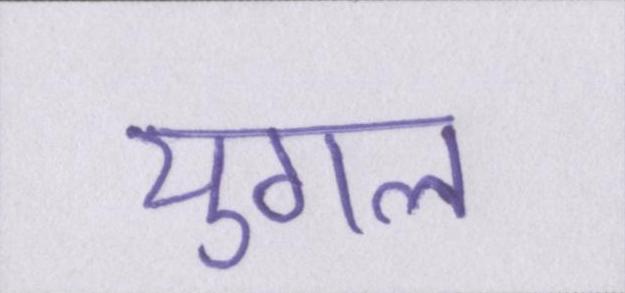
युगल